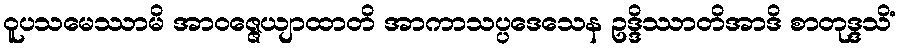
ဝူပသမေဿာမိ အာဝဇ္ဇေယျာထာတိ အာကာသပ္ပဒေသေန ဥဒ္ဒိဿာတိအာဒိ စာတုဒ္ဒသိံ